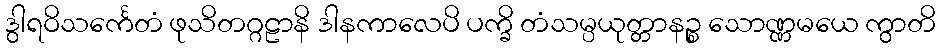
ဒွါရဝိသင်္ကေတံ ဖုသိတဂ္ဂဠာနိ ဒါနကာလေပိ ပက္ခိ တံသမ္ပယုတ္တာနဉ္စ သောဏ္ဏမယေ ကွာတိ